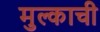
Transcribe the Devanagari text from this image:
मुल्काची